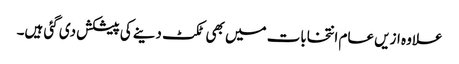
علاوہ ازیں عام انتخابات میں بھی ٹکٹ دینے کی پیشکش دی گئی ہیں۔